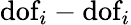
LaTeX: \textrm{dof}_{i}-\textrm{dof}_{i}